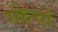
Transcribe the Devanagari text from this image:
स्केचों